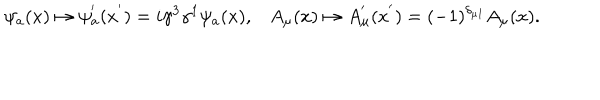
LaTeX: \psi _ { a } ( x ) \mapsto \psi _ { a } ^ { ' } ( x ^ { ' } ) = i \gamma ^ { 3 } \gamma ^ { 1 } \psi _ { a } ( x ) , A _ { \mu } ( x ) \mapsto A _ { \mu } ^ { ' } ( x ^ { ' } ) = ( - 1 ) ^ { \delta _ { \mu 1 } } A _ { \mu } ( x ) .